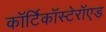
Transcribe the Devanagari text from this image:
कॉर्टिकॉस्टेरॉएड